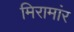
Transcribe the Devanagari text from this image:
मिरामांर